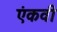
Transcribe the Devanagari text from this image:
एंकवी